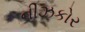
નીઝકોર